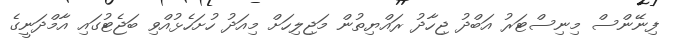
ފިނޭންސް މިނިސްޓަރު އަބްދު ޖިހާދު ރައްޔިތުން މަޖިލިހަށް މިއަދު ހުށަހެޅުއްވި ބަޖެޓުގައި އާމްދަނީގެ